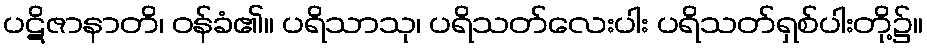
ပဋိဇာနာတိ၊ ဝန်ခံ၏။ ပရိသာသု၊ ပရိသတ်လေးပါး ပရိသတ်ရှစ်ပါးတို့၌။